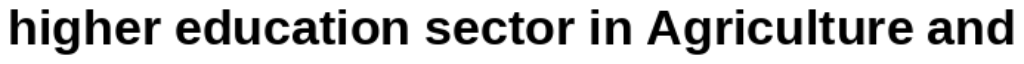
higher education sector in Agriculture and